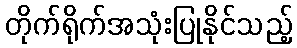
တိုက်ရိုက်အသုံးပြုနိုင်သည့်